Scottish Certificate of Education, 1962
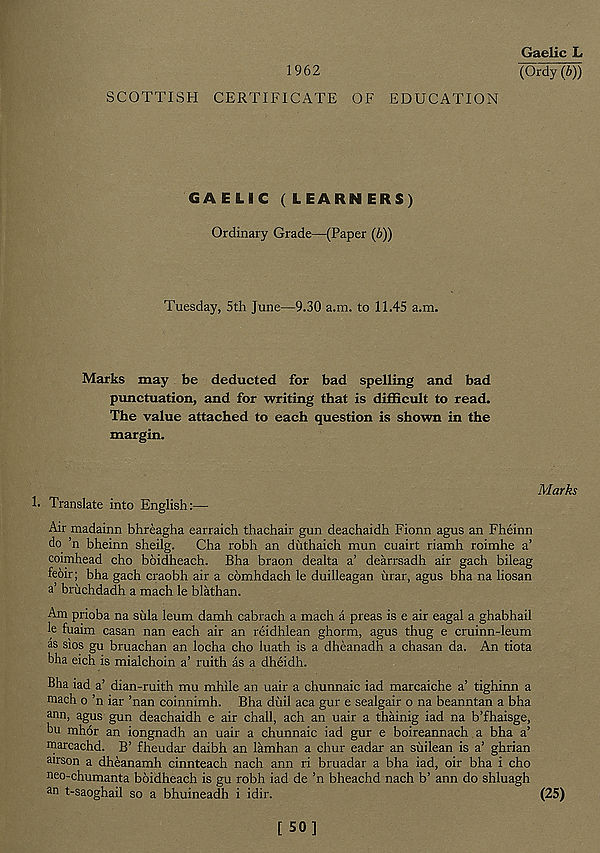
1962
SCOTTISH CERTIFICATE OF EDUCATION
Gaelic L
(Ordy (b))
GAELIC ( LEARNERS)
Ordinary Grade—(Paper (b))
Tuesday, 5th June—9.30 a.m. to 11.45 a.m.
Marks may be deducted for bad spelling and bad
punctuation, and for writing that is difficult to read.
The value attached to each question is shown in the
margin.
Marks
1- Translate into English:—
Air madainn bhreagha earraich thachair gun deachaidh Fionn agus an Fheinn
do ’n bheinn sheilg. Cha robh an diithaich mun cuairt riamh roimhe a’
coimhead cho boidheach. Bha braon dealta a’ dearrsadh air gach bileag
feoir; bha gach craobh air a comhdach le duilleagan iirar, agus bha na liosan
a’ briichdadh a mach le blathan.
Am prioba na siila leum damh cabrach a mach a preas is e air eagal a ghabhail
le fuaim casan nan each air an reidhlean ghorm, agus thug e cruinn-leum
as sios gu bruachan an locha cho luath is a dheanadh a chasan da. An tiota
bha eich is mialchoin a’ ruith as a dheidh.
Bha iad a’ dian-ruith mu mhile an uair a chunnaic iad marcaiche a’ tighinn a
mach o ’n iar ’nan coinnimh. Bha duil aca gur e sealgair o na beanntan a bha
ann, agus gun deachaidh e air chall, ach an uair a thainig iad na b’fhaisge,
bu mhor an iongnadh an uair a chunnaic iad gur e boireannach a bha a’
rnarcachd. B’ fheudar daibh an lamhan a chur eadar an siiilean is a’ ghrian
airson a dheanamh cinnteach nach ann ri bruadar a bha iad, oir bha i cho
neo-chumanta boidheach is gu robh iad de ’n bheachd nach b’ ann do shluagh
an t-saoghail so a bhuineadh i idir.
(25)
[ 50]